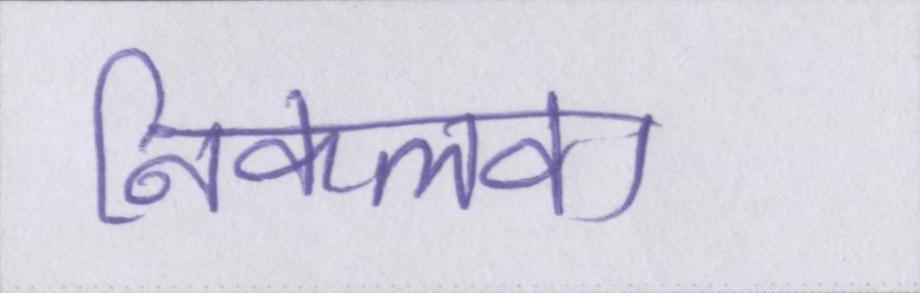
निकलवा